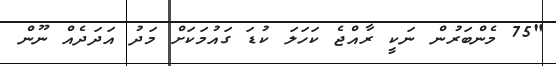
"75 މެންބަރުން ނަކީ ރާއްޖެ ކަހަލަ ކުޑަ ގައުމަކަށް މަދު އަދަދެއް ނޫން